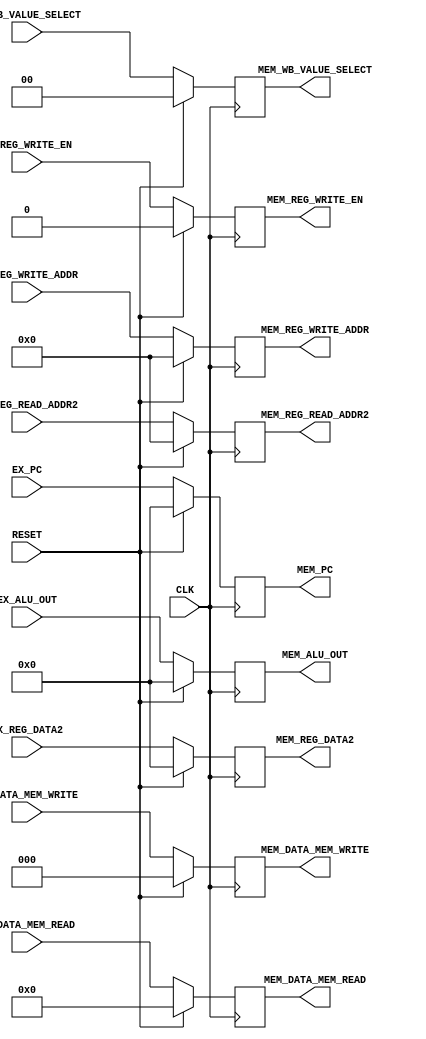
/********************************/
/*  RV32IM Pipeline - Group 1   */
/*  Pipeline Register (EX/MEM)  */
/********************************/

`timescale 1ns/100ps


module pr_ex_mem (
    CLK, RESET, 

    EX_PC, EX_ALU_OUT, EX_REG_DATA2,
    EX_REG_WRITE_ADDR, EX_REG_READ_ADDR2, EX_REG_WRITE_EN, 
    EX_DATA_MEM_WRITE, EX_DATA_MEM_READ, EX_WB_VALUE_SELECT,

    MEM_PC, MEM_ALU_OUT, MEM_REG_DATA2,
    MEM_REG_WRITE_ADDR, MEM_REG_READ_ADDR2, MEM_REG_WRITE_EN,
    MEM_DATA_MEM_WRITE, MEM_DATA_MEM_READ, MEM_WB_VALUE_SELECT
);

    input CLK, RESET;

    input [31:0] EX_PC, EX_ALU_OUT, EX_REG_DATA2;
    input [4:0] EX_REG_WRITE_ADDR, EX_REG_READ_ADDR2;
    input EX_REG_WRITE_EN;
    input [3:0] EX_DATA_MEM_READ;
    input [2:0] EX_DATA_MEM_WRITE;
    input [1:0] EX_WB_VALUE_SELECT;

    output reg [31:0] MEM_PC, MEM_ALU_OUT, MEM_REG_DATA2;
    output reg [4:0] MEM_REG_WRITE_ADDR, MEM_REG_READ_ADDR2;
    output reg MEM_REG_WRITE_EN;
    output reg [3:0] MEM_DATA_MEM_READ;
    output reg [2:0] MEM_DATA_MEM_WRITE;
    output reg [1:0] MEM_WB_VALUE_SELECT;

    always @ (posedge CLK)
    begin
        if (RESET == 1'b1)
        begin
            MEM_PC <= #0.1 32'd0;
            MEM_ALU_OUT <= #0.1 32'd0;
            MEM_REG_DATA2 <= #0.1 32'd0;
            MEM_REG_WRITE_ADDR <= #0.1 4'd0;
            MEM_REG_READ_ADDR2 <= #0.1 4'd0;
            MEM_REG_WRITE_EN <= #0.1 1'd0;
            MEM_DATA_MEM_WRITE <= #0.1 3'd0;
            MEM_DATA_MEM_READ <= #0.1 4'd0;
            MEM_WB_VALUE_SELECT <= #0.1 2'd0;
        end
        else
        begin
            MEM_PC <= #0.1 EX_PC;
            MEM_ALU_OUT <= #0.1 EX_ALU_OUT;
            MEM_REG_DATA2 <= #0.1 EX_REG_DATA2;
            MEM_REG_WRITE_ADDR <= #0.1 EX_REG_WRITE_ADDR;
            MEM_REG_READ_ADDR2 <= #0.1 EX_REG_READ_ADDR2;
            MEM_REG_WRITE_EN <= #0.1 EX_REG_WRITE_EN;
            MEM_DATA_MEM_WRITE <= #0.1 EX_DATA_MEM_WRITE;
            MEM_DATA_MEM_READ <= #0.1 EX_DATA_MEM_READ;
            MEM_WB_VALUE_SELECT <= #0.1 EX_WB_VALUE_SELECT;
        end
    end
    
endmodule